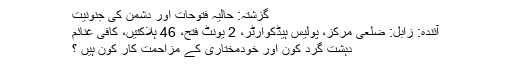
گزشتہ: حالیہ فتوحات اور دشمن کی جنونیت
آئندہ: زابل: ضلعی مرکز، پولیس ہیڈکوارٹر، 2 یونٹ فتح، 46 ہلاکتیں، کافی غنائم
دہشت گرد کون اور خودمختاری کے مزاحمت کار کون ہیں ؟